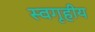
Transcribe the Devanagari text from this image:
स्वगृहीय